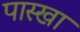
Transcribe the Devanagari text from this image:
पास्खा